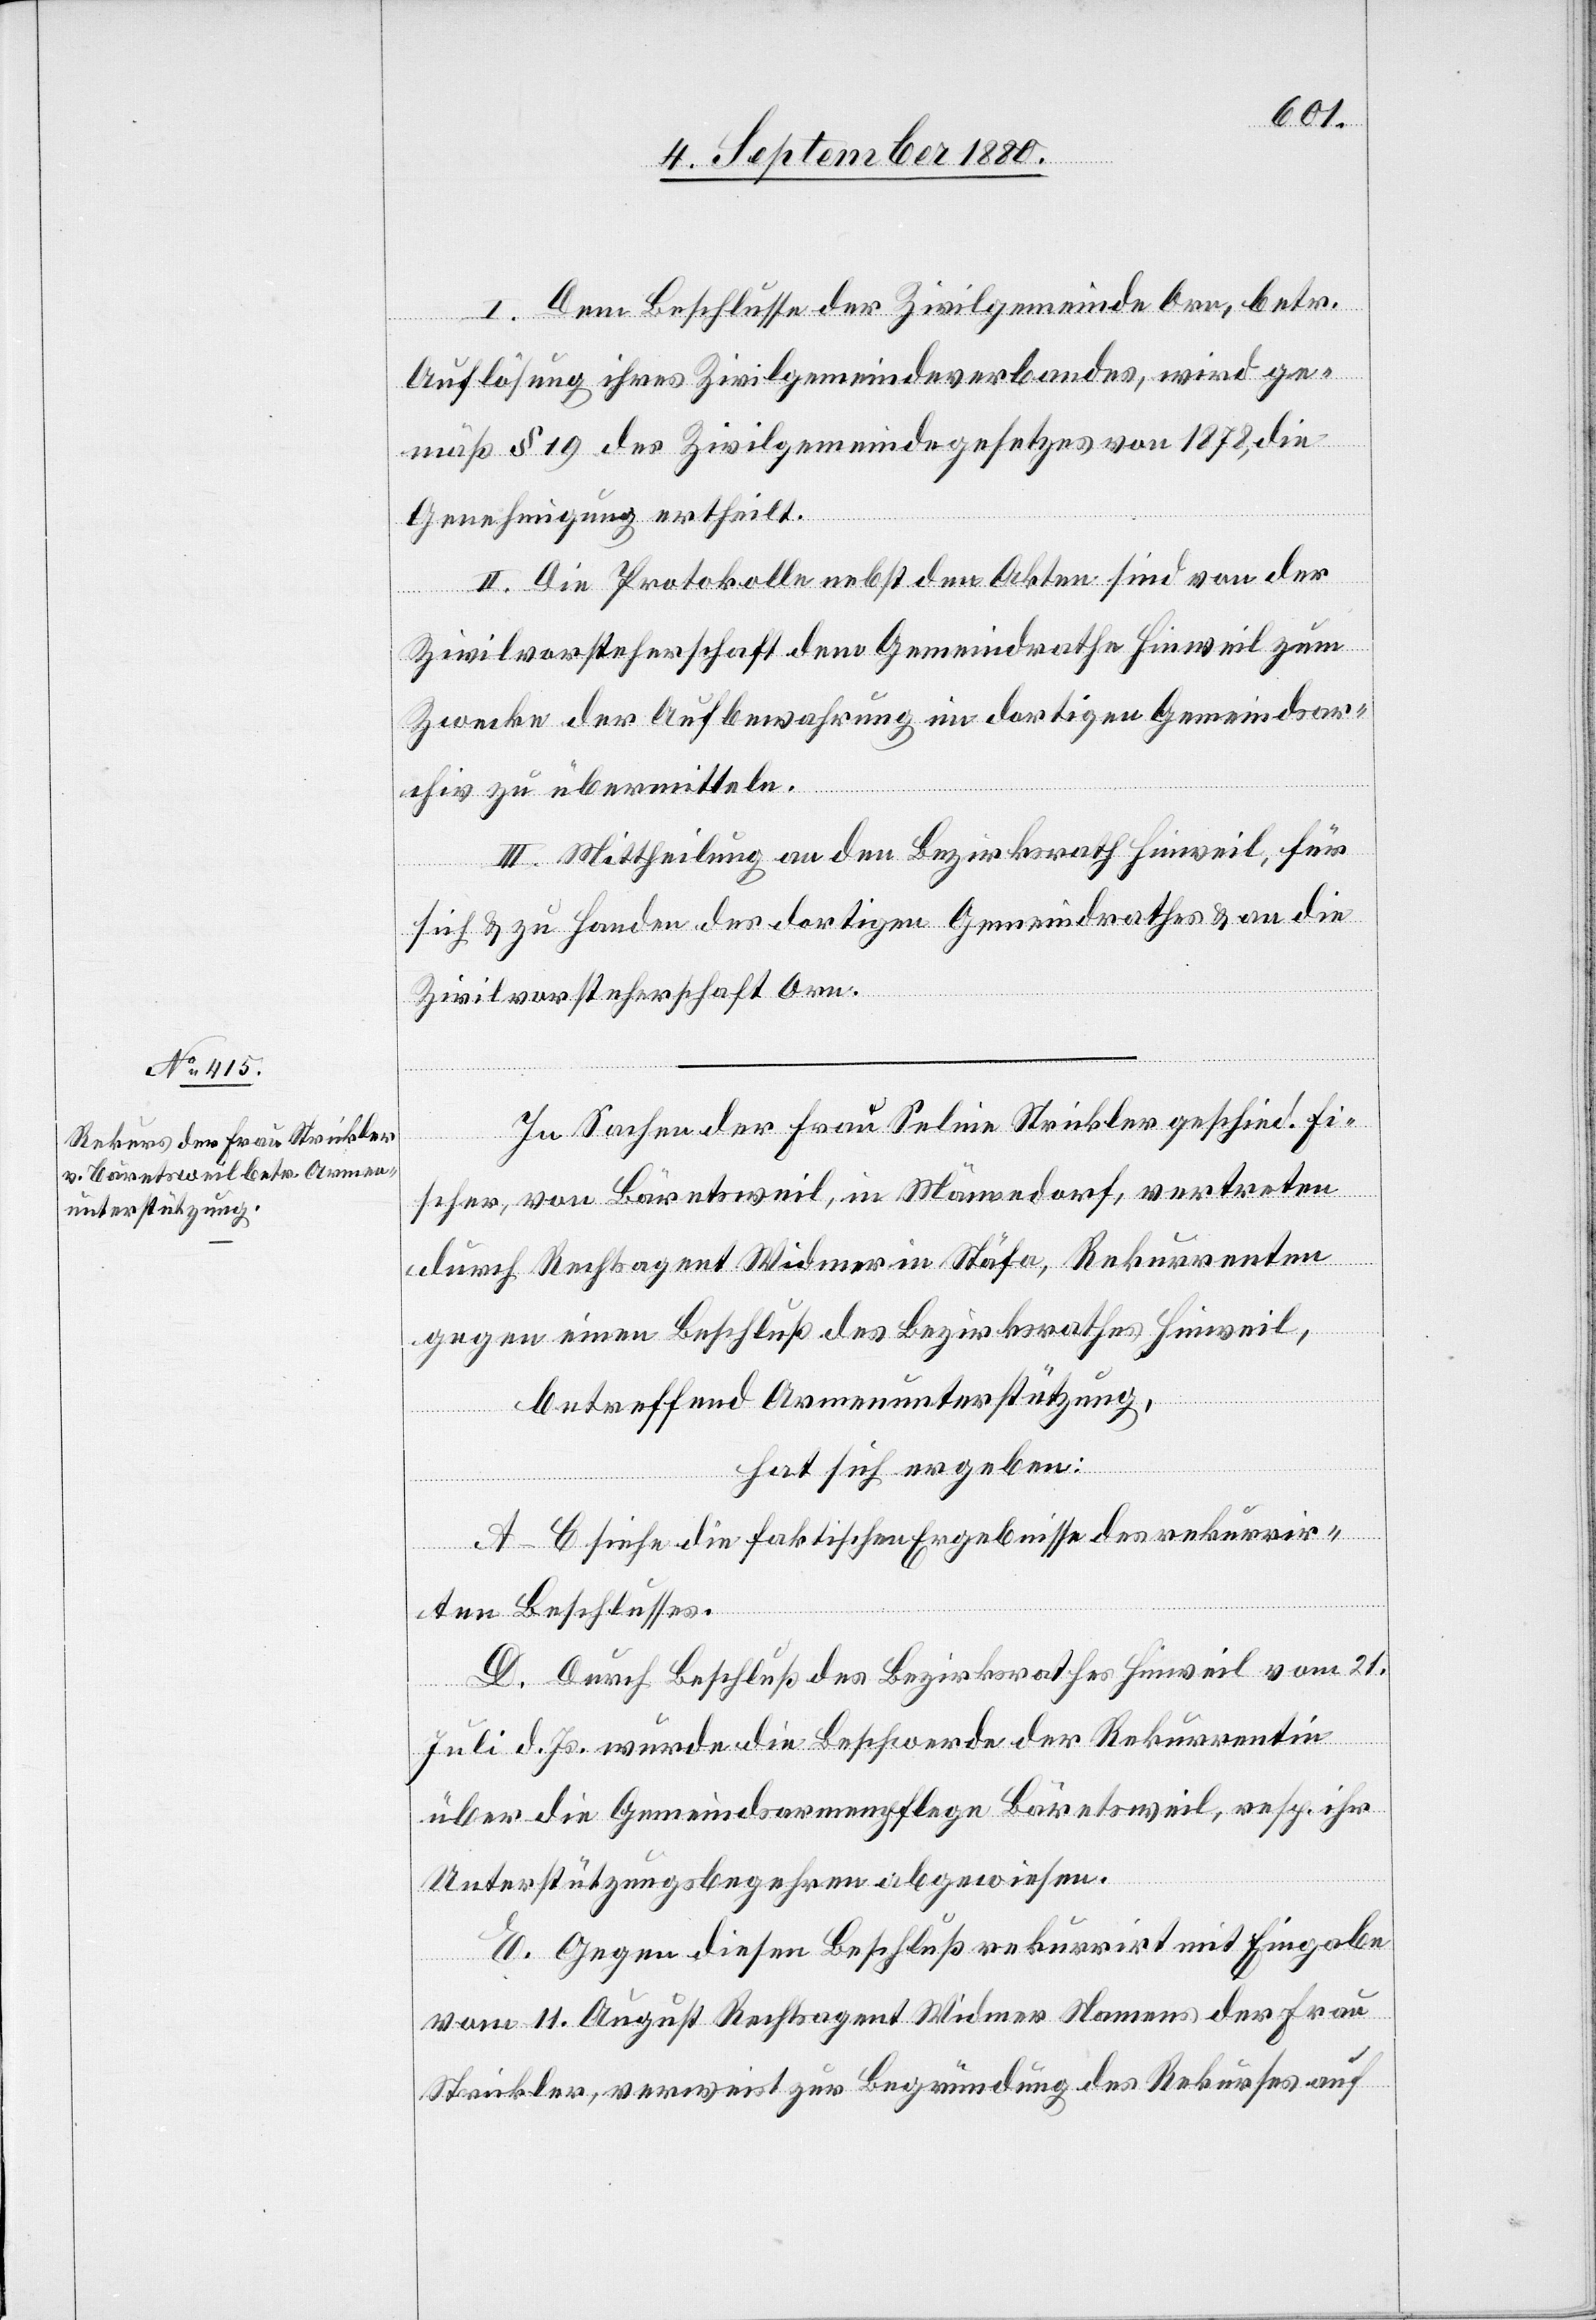
I. Dem Beschlusse der Zivilgemeinde Orn, betr.
Auflösung ihres Zivilgemeindeverbandes, wird ge¬
mäß § 19 des Zivilgemeindegesetzes von 1878, die
Genehmigung ertheilt.
II. Die Protokolle nebst den Akten sind von der
Zivilvorsteherschaft dem Gemeindrathe Hinweil zum
Zwecke der Aufbewahrung im dortigen Gemeindsar¬
chiv zu übermitteln.
III. Mittheilung an den Bezirksrath Hinweil, für
sich & zu Handen des dortigen Gemeindrathes & an die
Zivilvorsteherschaft Orn.
In Sachen der Frau Pauline Strickler geschied. Fi¬
scher, von Bäretsweil, in Männedorf, vertreten
durch Rechtsagent Widmer in Stäfa, Rekurrenten
gegen einen Beschluß des Bezirksrathes Hinweil,
betreffend Armenunterstützung,
hat sich ergeben:
A–C. siehe die faktischen Ergebnisse des rekurrir¬
ten Beschlusses.
D. Durch Beschluß des Bezirksrathes Hinweil vom 21.
Juli d. Js. wurde die Beschwerde der Rekurrentin
über die Gemeindsarmenpflege Bäretsweil, resp. ihr
Unterstützungsbegehren abgewiesen.
E. Gegen diesen Beschluß rekurrirt mit Eingabe
vom 11. August Rechtsagent Widmer Namens der Frau
Strickler, verweist zur Begründung des Rekurses auf